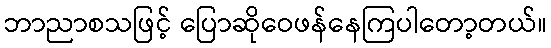
ဘာညာစသဖြင့် ပြောဆိုဝေဖန်နေကြပါတော့တယ်။